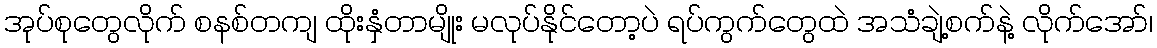
အုပ်စုတွေလိုက် စနစ်တကျ ထိုးနှံတာမျိုး မလုပ်နိုင်တော့ပဲ ရပ်ကွက်တွေထဲ အသံချဲ့စက်နဲ့ လိုက်အော်၊